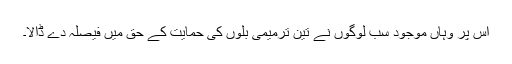
اس پر وہاں موجود سب لوگوں نے تین ترمیمی بلوں کی حمایت کے حق میں فیصلہ دے ڈالا۔